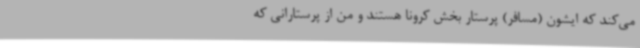
می‌کند که ایشون (مسافر) پرستار بخش کرونا هستند و من از پرستارانی که